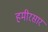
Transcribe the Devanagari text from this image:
हमीरसार